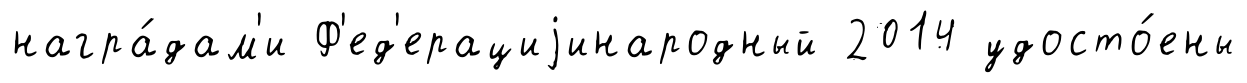
награ́дам'и Ф'ед'ерациjинародный 2014 удосто́ены